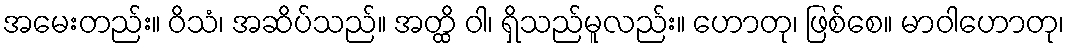
အမေးတည်း။ ဝိသံ၊ အဆိပ်သည်။ အတ္ထိ ဝါ၊ ရှိသည်မူလည်း။ ဟောတု၊ ဖြစ်စေ။ မာဝါဟောတု၊